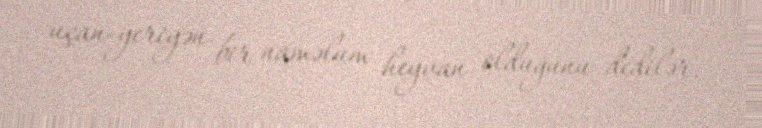
uçan-yeriyən bir naməlum heyvan olduğunu dedilər.